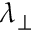
\lambda _ { \perp }